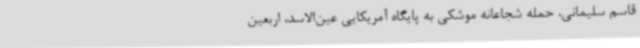
قاسم سلیمانی، حمله شجاعانه موشکی به پایگاه آمریکایی عین‌الاسد، اربعین